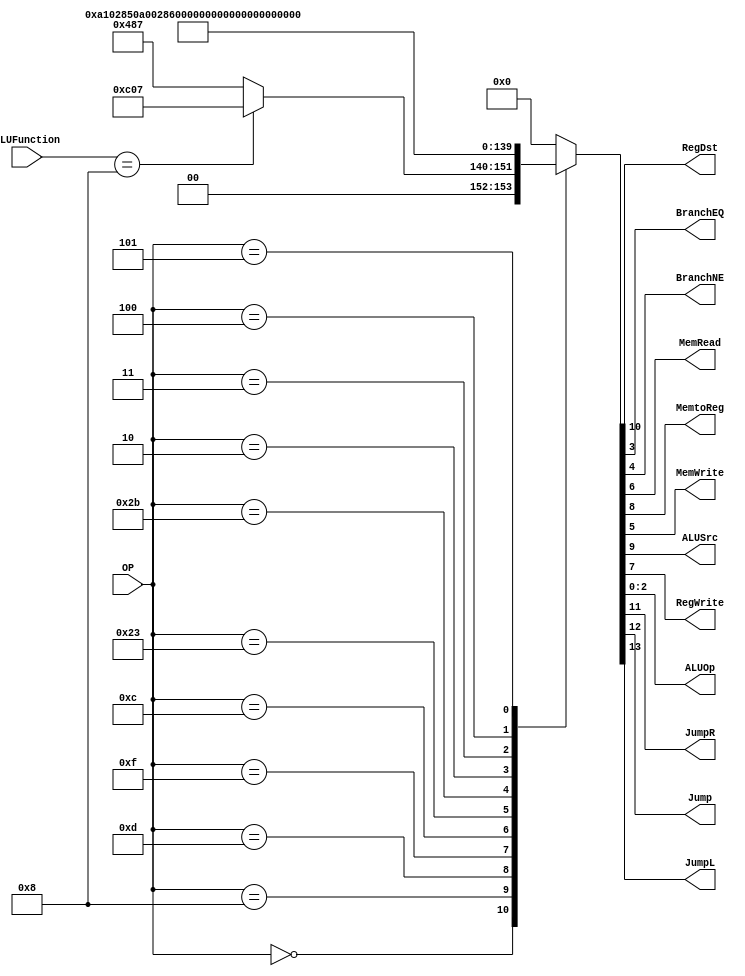
/******************************************************************
* Description
*	This is control unit for the MIPS processor. The control unit is 
*	in charge of generation of the control signals. Its only input 
*	corresponds to opcode from the instruction.
*	1.0
* Author:
*	Dr. Jos Luis Pizano Escalante
* email:
*	luispizano@iteso.mx
* Date:
*	01/03/2014
******************************************************************/
module Control
(
	input [5:0]OP,
	input [5:0]ALUFunction,
	
	output RegDst,
	output BranchEQ,
	output BranchNE,
	output MemRead,
	output MemtoReg,
	output MemWrite,
	output ALUSrc,
	output RegWrite,
	output [2:0]ALUOp,
	
	output JumpR,
	output Jump,
	output JumpL
);
localparam R_Type = 0;
localparam I_Type_ADDI = 6'h8;
localparam I_Type_ORI  = 6'h0d;
localparam I_Type_LUI  = 6'h0f;
localparam I_Type_ANDI = 6'h0c;

localparam I_Type_LW   = 6'h23;
localparam I_Type_SW   = 6'h2b;

localparam I_Type_BEQ  = 6'h04;
localparam I_Type_BNE  = 6'h05;

localparam J_Type_J	  = 6'h02;
localparam J_Type_JAL  = 6'h03;

localparam ALUF_JR     = 6'b001000;


reg [13:0] ControlValues;

always@(OP or ALUFunction) begin
	
	casex(OP)
		R_Type:    
				if(ALUFunction == ALUF_JR) begin
					ControlValues= 14'b001_1_000_00_00_111;
				end
            else begin
					ControlValues= 14'b000_1_001_00_00_111;
				end
		I_Type_ADDI:  ControlValues= 14'b000_0_101_00_00_100;
		I_Type_ORI:   ControlValues= 14'b000_0_101_00_00_101;
		I_Type_LUI:   ControlValues= 14'b000_0_101_00_00_000;
		I_Type_ANDI:  ControlValues= 14'b000_0_101_00_00_110;
		
		I_Type_LW:	  ControlValues= 14'b000_0_111_10_00_100;
		I_Type_SW:    ControlValues= 14'b000_0_100_01_00_100;
		
		J_Type_J:     ControlValues= 14'b010_0_000_00_00_100;
		J_Type_JAL:   ControlValues= 14'b110_0_001_00_00_100;
		
		I_Type_BEQ:   ControlValues= 14'b000_0_000_00_01_001;
		I_Type_BNE:   ControlValues= 14'b000_0_000_00_10_001;
		
		default:
			ControlValues= 14'b00000000000000;
		endcase

	
end	
	
assign JumpL    = ControlValues[13]; //Instruccion JAL	
assign Jump     = ControlValues[12]; //Instruccion Jump	
assign JumpR    = ControlValues[11]; //Toma valor de Data1
	
assign RegDst   = ControlValues[10];

assign ALUSrc   = ControlValues[9];
assign MemtoReg = ControlValues[8];
assign RegWrite = ControlValues[7];

assign MemRead  = ControlValues[6];
assign MemWrite = ControlValues[5];

assign BranchNE = ControlValues[4];
assign BranchEQ = ControlValues[3];

assign ALUOp    = ControlValues[2:0];	

endmodule